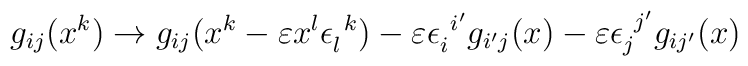
g_{ij}(x^k) \rightarrow g_{ij}(x^k -\varepsilon x^l\epsilon_l^{~k})-\varepsilon \epsilon_i^{~i'}g_{i'j}(x) -\varepsilon\epsilon_j^{~j'}g_{ij'}(x)